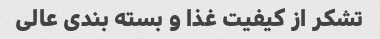
تشکر از کیفیت غذا و بسته بندی عالی